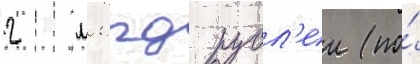
2 млрд рубл'еи (по́